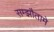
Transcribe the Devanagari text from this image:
सम्झौतामे